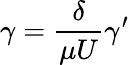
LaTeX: \gamma=\frac{\delta}{\mu U}\gamma^{\prime}